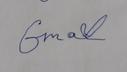
Signature authenticity: forged